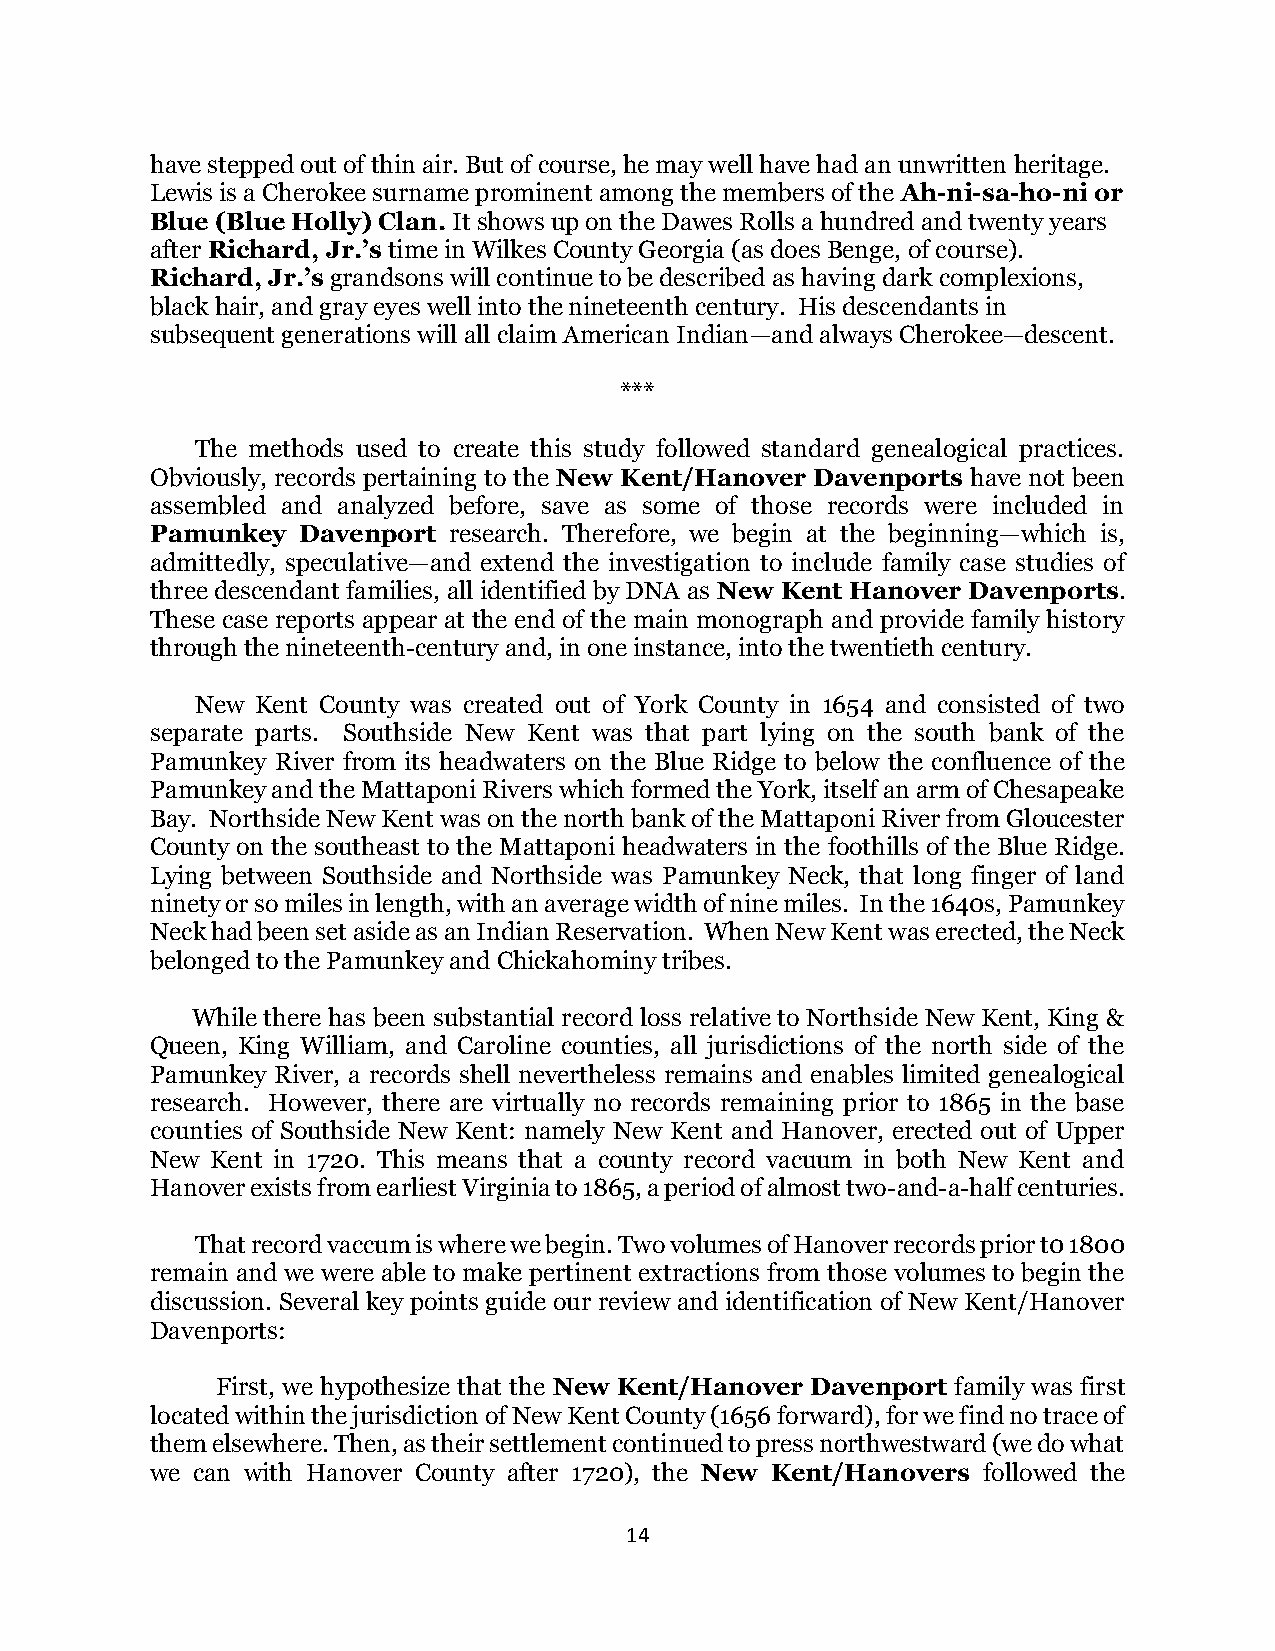
have stepped out of thin air. But of course, he may well have had an unwritten heritage.
 Lewis is a Cherokee surname prominent among the members of the Ah-ni-sa-ho-ni or
 Blue (Blue Holly) Clan. It shows up on the Dawes Rolls a hundred and twenty years
 after Richard, Jr.’s time in Wilkes County Georgia (as does Benge, of course).
 Richard, Jr.’s grandsons will continue to be described as having dark complexions,
 black hair, and gray eyes well into the nineteenth century. His descendants in
 subsequent generations will all claim American Indian—and always Cherokee—descent.
 ***
 The methods used to create this study followed standard genealogical practices.
 Obviously, records pertaining to the New Kent/Hanover Davenports have not been
 assembled and analyzed before, save as some of those records were included in
 Pamunkey  Davenport research. Therefore, we begin at the beginning—which is,
 admittedly, speculative—and extend the investigation to include family case studies of
 three descendant families, all identified by DNA as New Kent Hanover Davenports.
 These case reports appear at the end of the main monograph and provide family history
 through the nineteenth-century and, in one instance, into the twentieth century.
 New Kent County was created out of York County in 1654 and consisted of two
 separate parts. Southside New Kent was that part lying on the south bank of the
 Pamunkey River from its headwaters on the Blue Ridge to below the confluence of the
 Pamunkey and the Mattaponi Rivers which formed the York, itself an arm of Chesapeake
 Bay. Northside New Kent was on the north bank of the Mattaponi River from Gloucester
 County on the southeast to the Mattaponi headwaters in the foothills of the Blue Ridge.
 Lying between Southside and Northside was Pamunkey Neck, that long finger of land
 ninety or so miles in length, with an average width of nine miles. In the 1640s, Pamunkey
 Neck had been set aside as an Indian Reservation. When New Kent was erected, the Neck
 belonged to the Pamunkey and Chickahominy tribes.
 While there has been substantial record loss relative to Northside New Kent, King &
 Queen, King William, and Caroline counties, all jurisdictions of the north side of the
 Pamunkey River, a records shell nevertheless remains and enables limited genealogical
 research. However, there are virtually no records remaining prior to 1865 in the base
 counties of Southside New Kent: namely New Kent and Hanover, erected out of Upper
 New Kent in 1720. This means that a county record vacuum in both New Kent and
 Hanover exists from earliest Virginia to 1865, a period of almost two-and-a-half centuries.
 That record vaccum is where we begin. Two volumes of Hanover records prior t0 1800
 remain and we were able to make pertinent extractions from those volumes to begin the
 discussion. Several key points guide our review and identification of New Kent/Hanover
 Davenports:
 First, we hypothesize that the New Kent/Hanover Davenport family was first
 located within the jurisdiction of New Kent County (1656 forward), for we find no trace of
 them elsewhere. Then, as their settlement continued to press northwestward (we do what
 we can with Hanover County after 1720), the New Kent/Hanovers followed the
 14